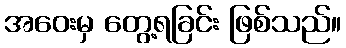
အဝေးမှ တွေ့ရခြင်း ဖြစ်သည်။